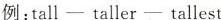
例:tall—taller—tallest